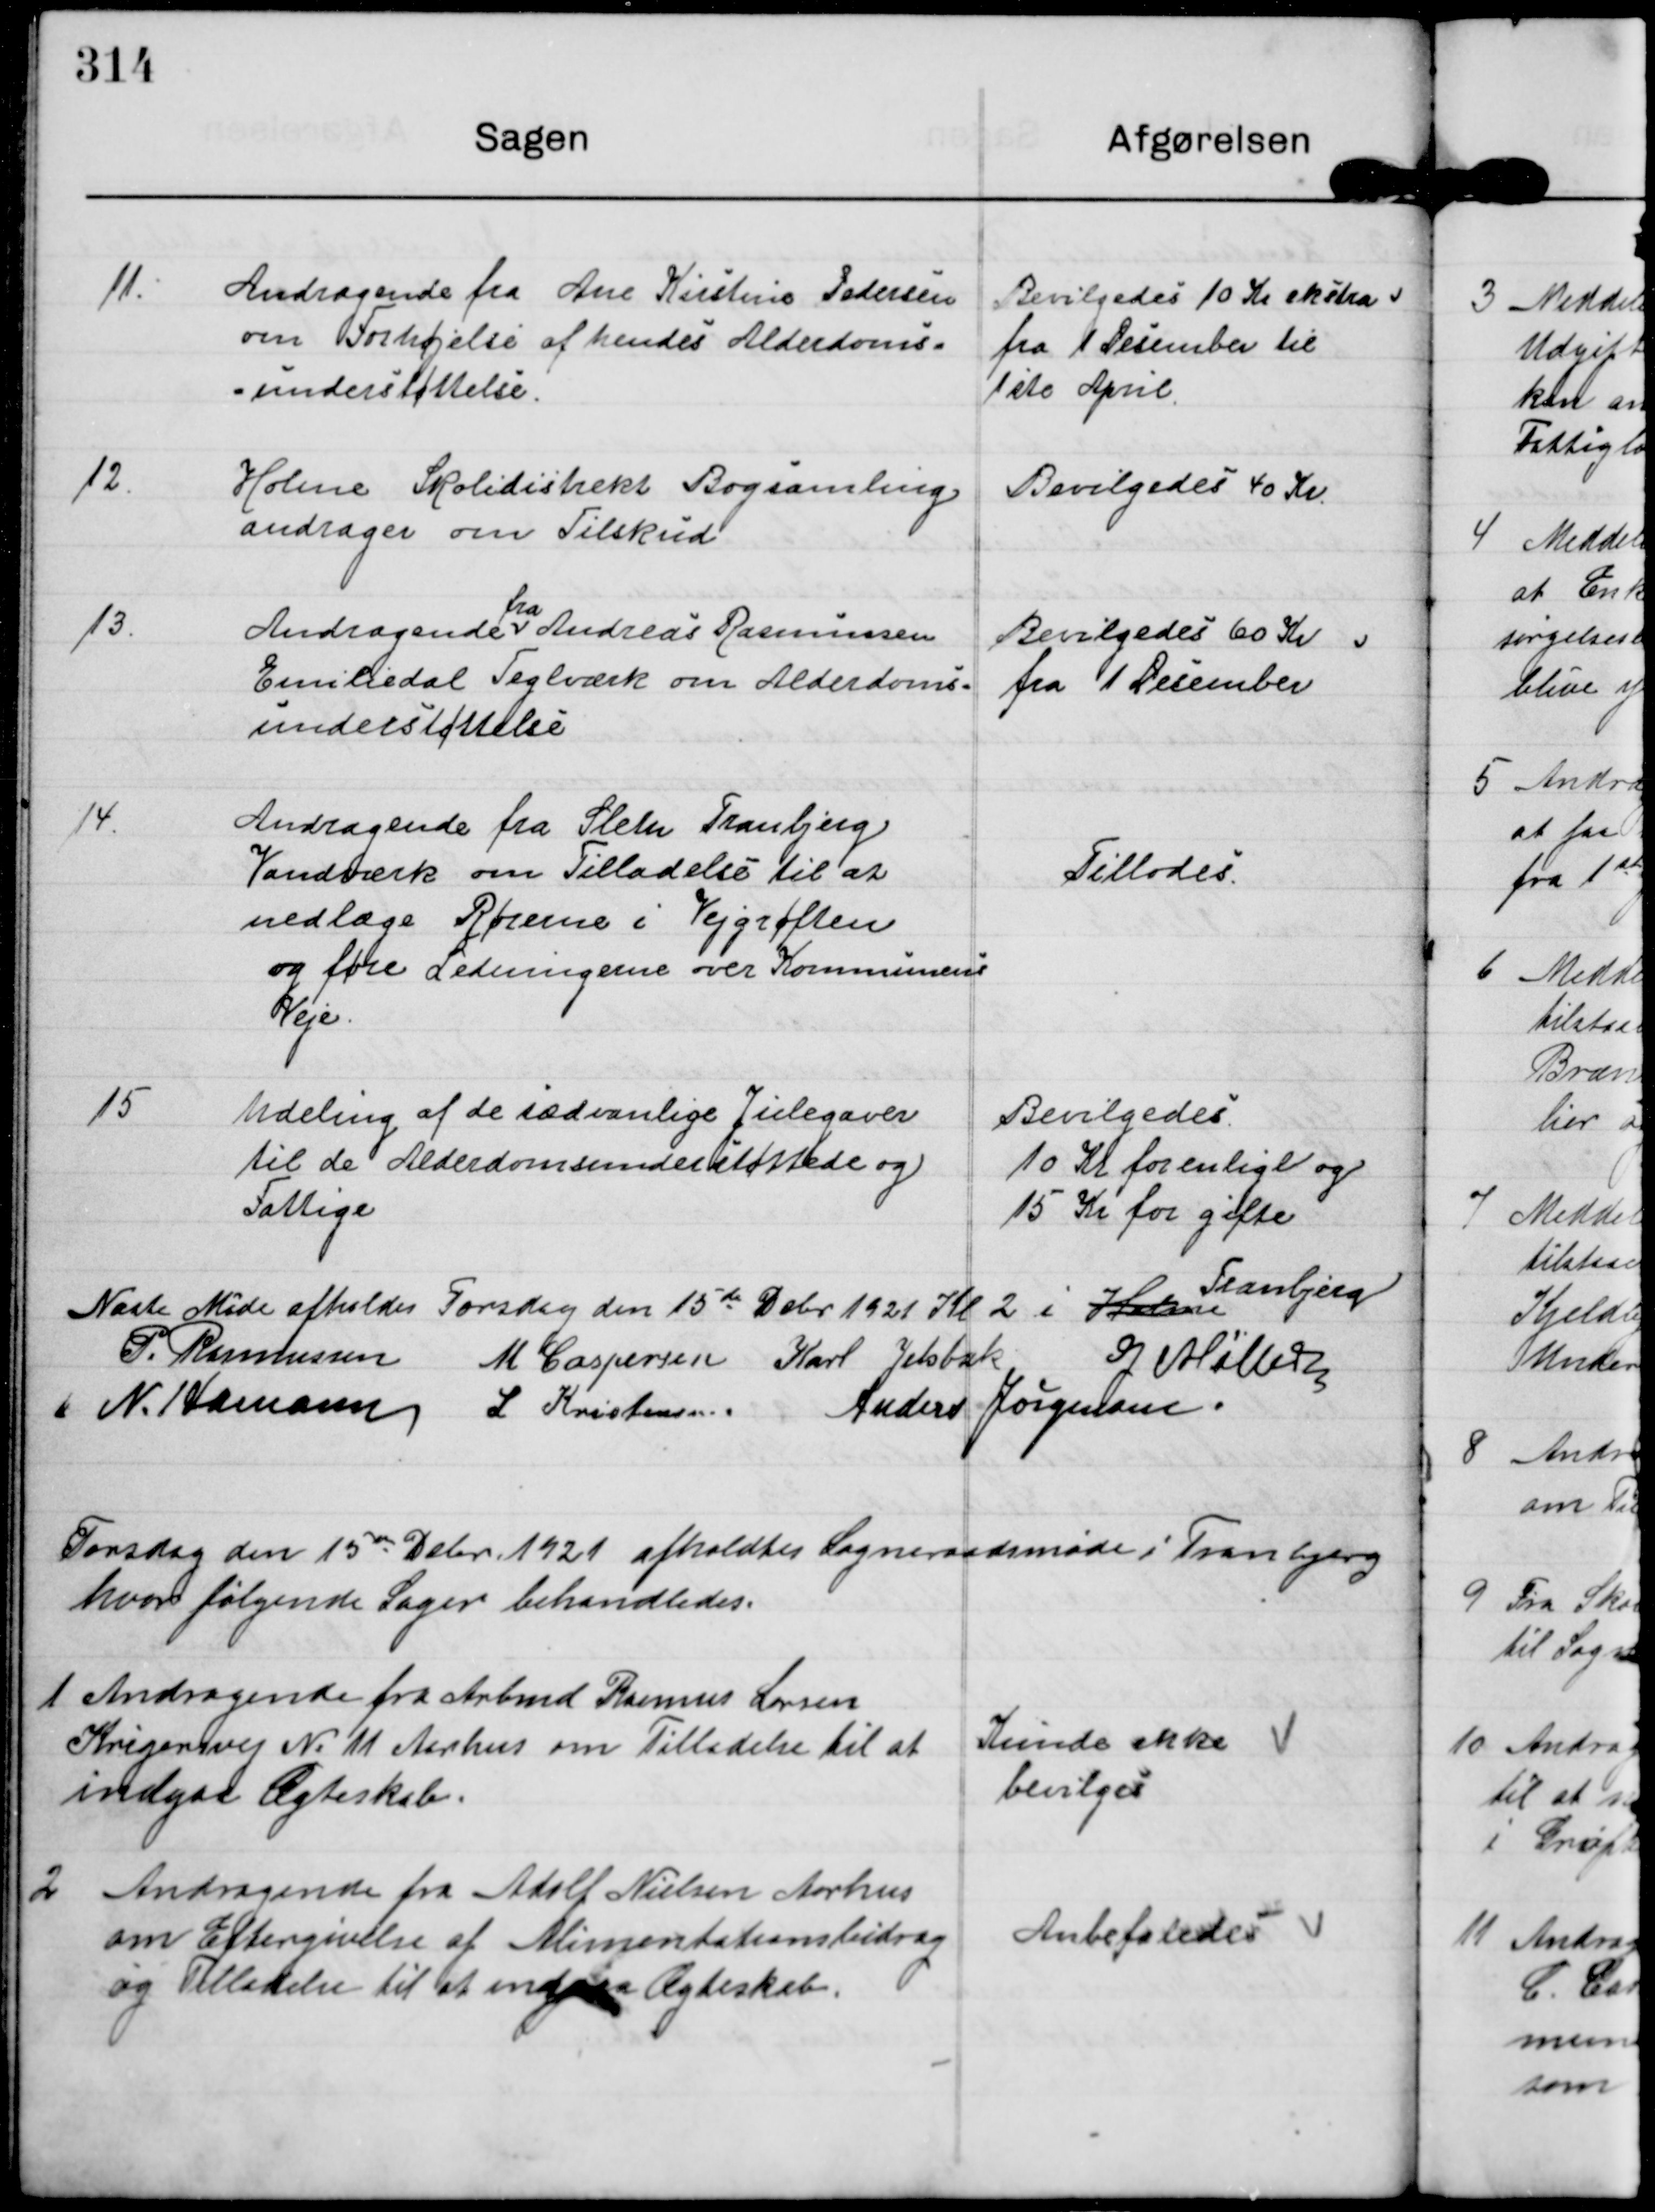
Transskription:
11.

Andragende fra Ane Kirstine Pedersen
om Forhøjelse af hendes Alderdoms-
understøttelse.

Bevilgedes 10 Kr ekstra
fra 1 Desember til
1ste April.

12.

Holme Skoledistrikt Bogsamling
andrager om Tilskud

Bevilgedes 40 Kr

13.

Andragende
fra
Andreas Rasmussen
Emiliedal Teglværk om Alderdoms-
understøttelse

Bevilgedes 60 Kr
fra 1 Desember

14.

Andragende fra Sleth Tranbjerg
Vandværk om Tilladelse til at
nedlæge Rørene i Vejgrøften
og føre Ledningerne over Kommunens
Veje.

Tillodes

15

Udeling af de sædvanlige Julegaver
til de Alderdomsunderstøttede og
Fattige

Bevilgedes.
10 Kr for enlige og
15 Kr for gifte

Næste Møde afholdes Torsdag den 15de Dcbr 1921 Kl 2 i Holme
Tranbjerg

P Rasmussen M Caspersen Karl Jelsbak G Møller
N. Hamann L Kristensen
Anders Jørgensen.

Torsdag den 15de Debr 1921 afholdtes Sogneraadsmøde i Tranbjerg
hvor følgende Sager behandledes

1 Andragende fra Arbmd Rasmus Larsen
Krigersvej N. 11 Aarhus om tilladelse til at
indgaa Ægteskab.

Kunde ikke
bevilges

2 Andragende fra Adolf Nielsen Aarhus
om Eftergivelse af Alimentationsbidrag
og Tilladelse til at indaaa Ægteskab.

Anbefaledes